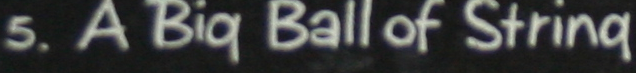
5. A Big Ball of String